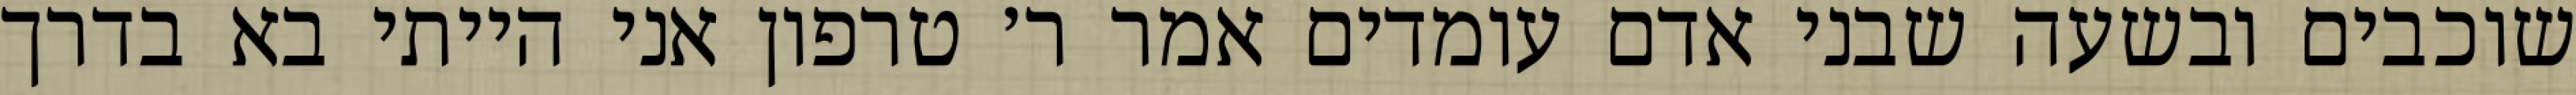
שוכבים ובשעה שבני אדם עומדים אמר ר׳ טרפון אני הייתי בא בדרך